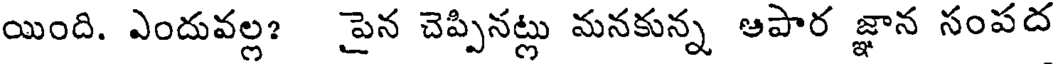
యింది. ఎందువల్ల? పైన చెప్పినట్లు మనకున్న ఆపార జ్ఞాన సంపద